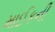
માઈકની